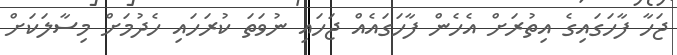
ޖަހާ ފާހަގައިގެ އިތުރަށް އެހެން ފާހަގައެއް ޖަހައި ނުވަތަ ކުރަހައި ހެދުމަށް މިސާލަކަށް